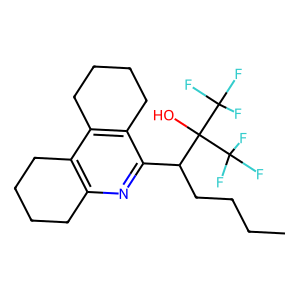
SMILES: CCCCC(c1nc2c(c3c1CCCC3)CCCC2)C(O)(C(F)(F)F)C(F)(F)F
Inhibits HIV replication: No